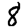
Digit: 8